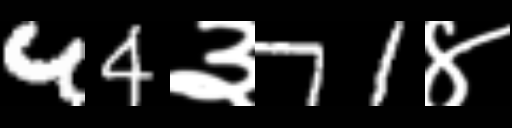
Text: 44३71४